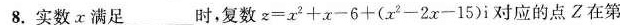
8.实数x满足___时，复数$$z = x ^ { 2 } + x - 6 + ( x ^ { 2 } - 2 x - 1 5 ) i$$对应的点Z在第